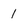
Character: 1